Madras plague regulations in force outside the Presidency town - Volume 3
Disease focus: Plague
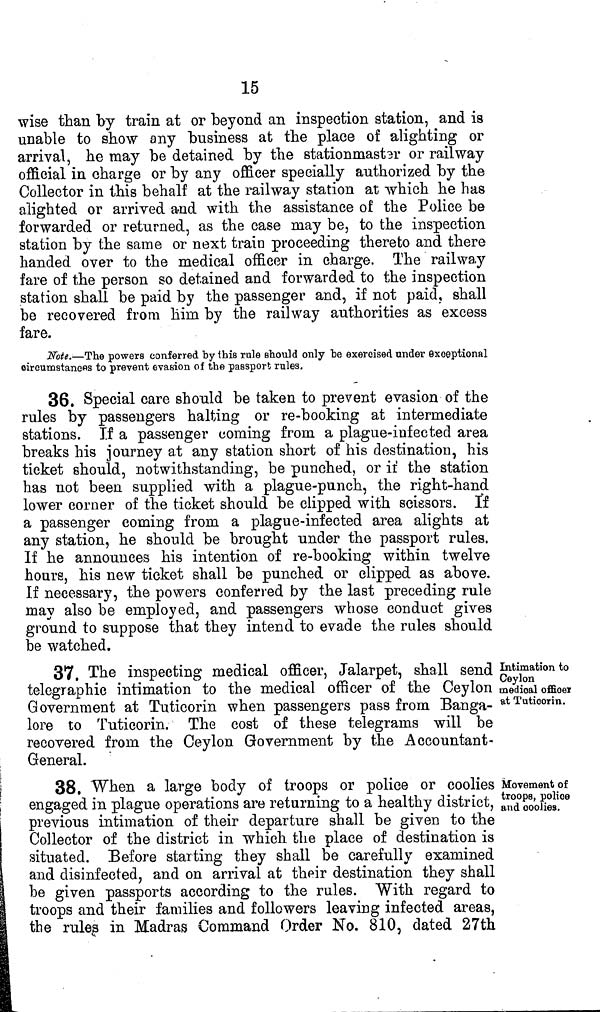
15
wise than by train at or beyond an inspection station, and is
unable to show any business at the place of alighting or
arrival, he may be detained by the stationmastsr or railway
official in charge or by any officer specially authorized by the
Collector in this behalf at the railway station at which he has
alighted or arrived and with the assistance of the Police be
forwarded or returned, as the case may be, to the inspection
station by the same or next train proceeding thereto and there
handed over to the medical officer in charge. The railway
fare of the person so detained and forwarded to the inspection
station shall be paid by the passenger and, if not paid, shall
be recovered from him by the railway authorities as excess
fare.
Note.—The powers conferred by this rule should only be exercised under exceptional
circumstances to prevent evasion of the passport rules.
36. Special care should be taken to prevent evasion of the
rules by passengers halting or re-booking at intermediate
stations. If a passenger coming from a plague-infected area
breaks his journey at any station short of his destination, his
ticket should, notwithstanding, be punched, or if the station
has not been supplied with a plague-punch, the right-hand
lower corner of the ticket should be clipped with scissors. If
a passenger coming from a plague-infected area alights at
any station, he should be brought under the passport rules.
If he announces his intention of re-booking within twelve
hours, his new ticket shall be punched or clipped as above.
If necessary, the powers conferred by the last preceding rule
may also be employed, and passengers whose conduct gives
ground to suppose that they intend to evade the rales should
be watched.
Intimation to
Ceylon
medical officer
at Tutioorin.
37. The inspecting medical officer, Jalarpet, shall send
telegraphic intimation to the medical officer of the Ceylon
Government at Tuticorin when passengers pass from Banga-
lore to Tuticorin. The cost of these telegrams will be
recovered from the Ceylon Government by the Accountant-
General.
Movement of
troops, police
and coolies.
38. When a large body of troops or police or coolies
engaged in plague operations are returning to a healthy district,
previous intimation of their departure shall be given to the
Collector of the district in which the place of destination is
situated. Before starting they shall be carefully examined
and disinfected, and on arrival at their destination they shall
he given passports according to the rules. With regard to
troops and their families and followers leaving infected areas,
the rules in Madras Command Order No. 810, dated 27th